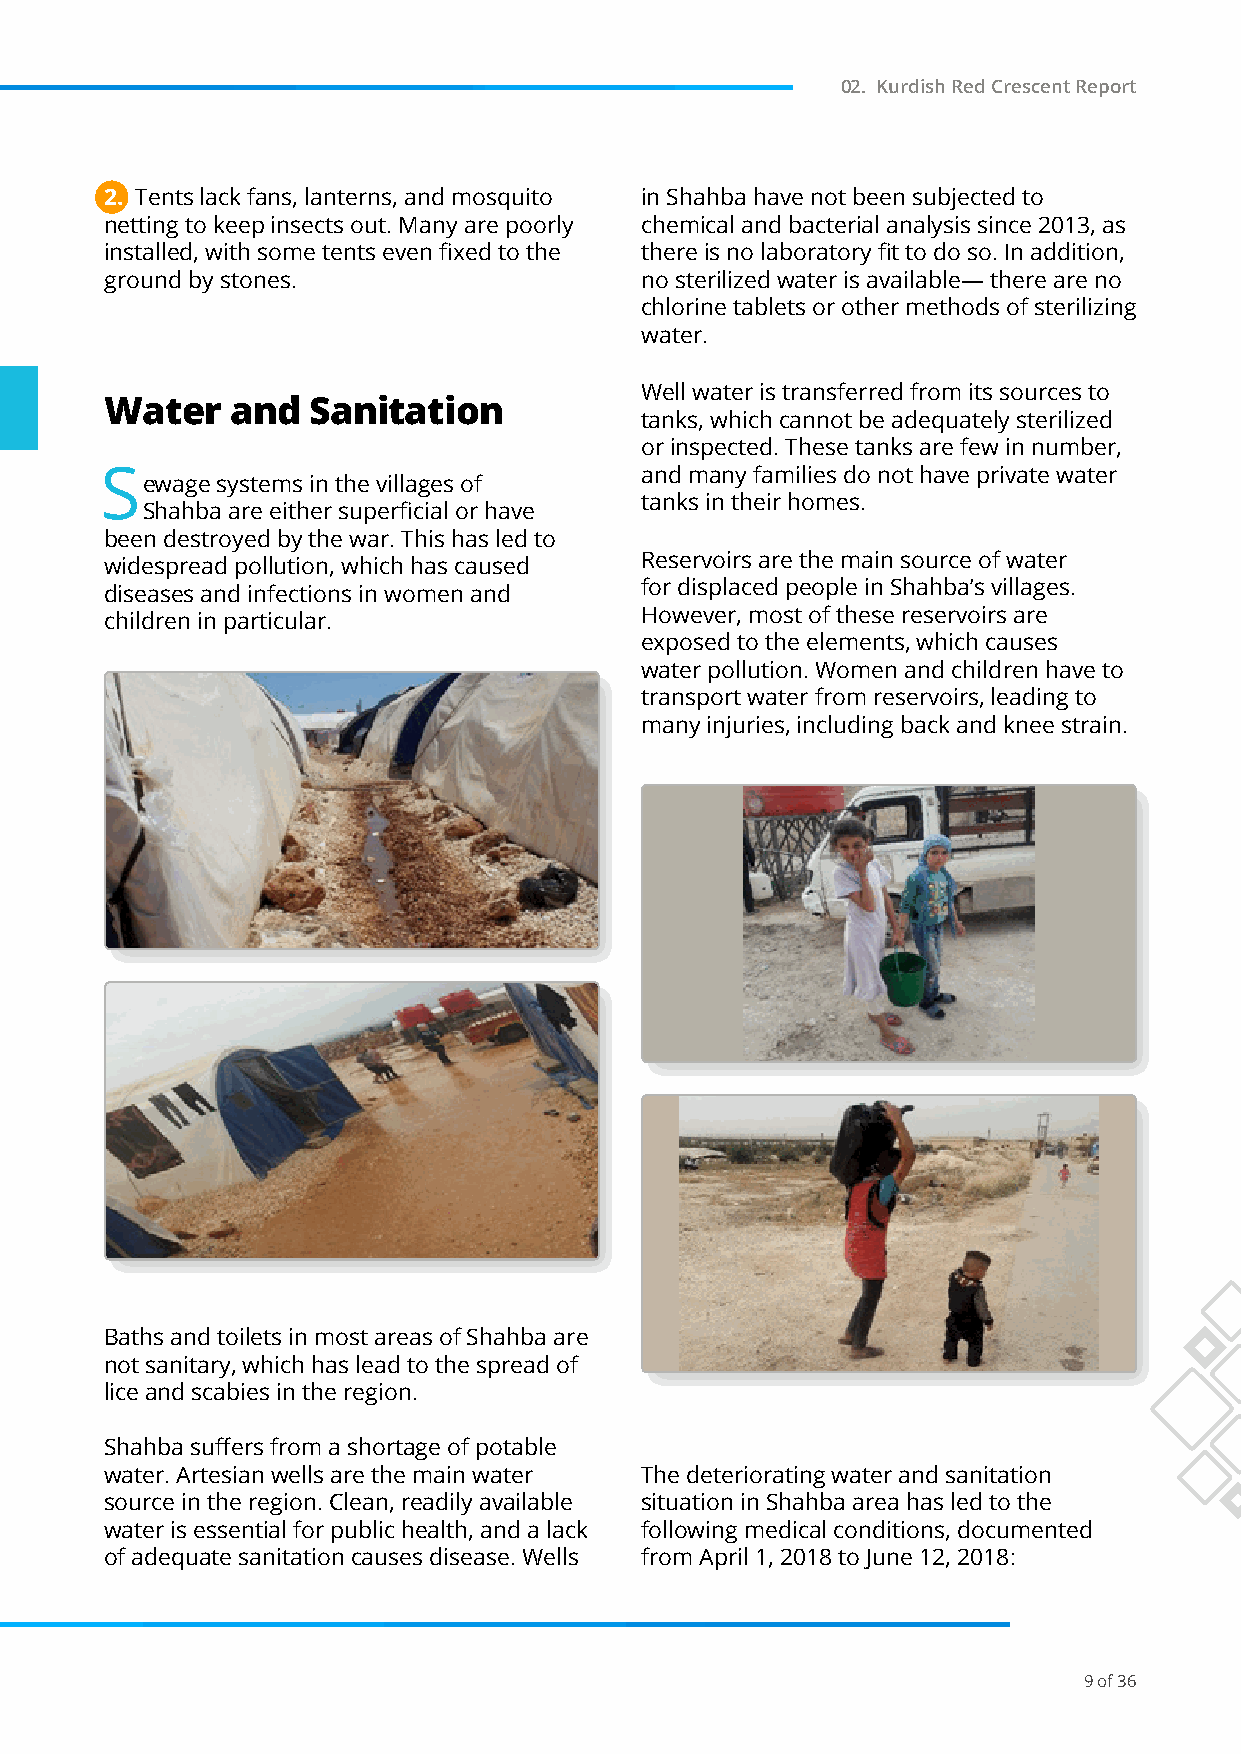
02. Kurdish Red Crescent Report
 2. Tents lack fans, lanterns, and mosquito in Shahba have not been subjected to
 netting to keep insects out. Many are poorly chemical and bacterial analysis since 2013, as
 installed, with some tents even fixed to the there is no laboratory fit to do so. In addition,
 ground by stones.                  no sterilized water is available— there are no
 chlorine tablets or other methods of sterilizing
 water.
 Well water is transferred from its sources to
 Water   and  Sanitation
 tanks, which cannot be adequately sterilized
 or inspected. These tanks are few in number,
 S                                  and many families do not have private water
 ewage systems in the villages of
 tanks in their homes.
 Shahba are either superficial or have
 been destroyed by the war. This has led to
 Reservoirs are the main source of water
 widespread pollution, which has caused
 for displaced people in Shahba’s villages.
 diseases and infections in women and
 However, most of these reservoirs are
 children in particular.
 exposed to the elements, which causes
 water pollution. Women and children have to
 transport water from reservoirs, leading to
 many injuries, including back and knee strain.
 Baths and toilets in most areas of Shahba are
 not sanitary, which has lead to the spread of
 lice and scabies in the region.
 Shahba suffers from a shortage of potable
 water. Artesian wells are the main water The deteriorating water and sanitation
 source in the region. Clean, readily available situation in Shahba area has led to the
 water is essential for public health, and a lack following medical conditions, documented
 of adequate sanitation causes disease. Wells from April 1, 2018 to June 12, 2018:
 9 of 36